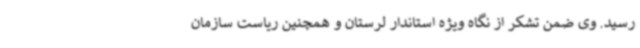
رسید. وی ضمن تشکر از نگاه ویژه استاندار لرستان و همچنین ریاست سازمان